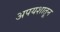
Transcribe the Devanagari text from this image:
अपयशातून